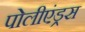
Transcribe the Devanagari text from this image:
पोलीएंड्रस